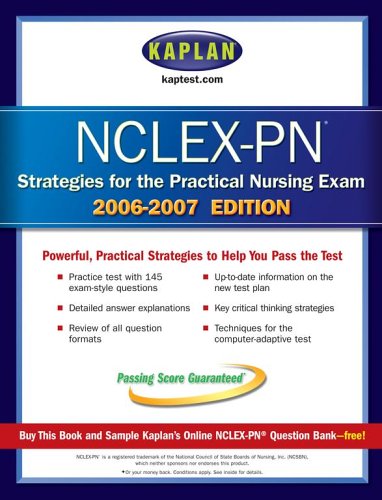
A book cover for Kaplan NCLEX PN Strategies and Review (Kaplan NCLEX-PN Exam); Kaplan; Test Preparation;